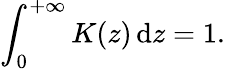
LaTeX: \int_{0}^{+\infty}K(z)\mathop{}\! \mathrm{d}z=1.